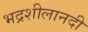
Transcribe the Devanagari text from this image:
भद्रशीलानदी